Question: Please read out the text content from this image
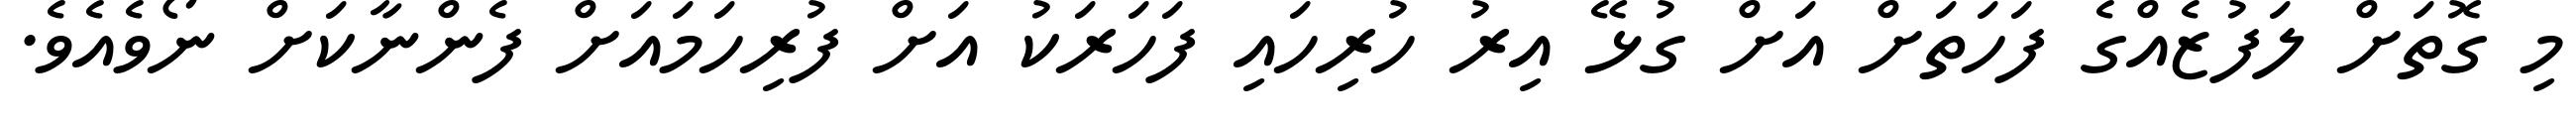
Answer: މި ގޮތަށް ލަފުޒެއްގެ ފަހަތަށް އަށް ގުޅޭ އިރު ހުރިހައި ފަހަރަކު އަށް ފުރިހަމައަށް ފެންނާކަށް ނޯވެއެވެ.